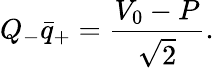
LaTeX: Q_{-}\bar{q}_{+}=\frac{V_{0}-P}{\sqrt{2}}.